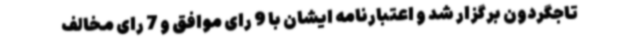
تاجگردون برگزار شد و اعتبارنامه ایشان با 9 رای موافق و 7 رای مخالف